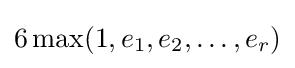
6\max(1,e_{1},e_{2},\ldots ,e_{r})